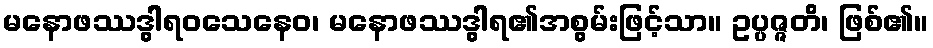
မနောဖဿဒွါရဝသေနေဝ၊ မနောဖဿဒွါရ၏အစွမ်းဖြင့်သာ။ ဥပ္ပဇ္ဇတိ၊ ဖြစ်၏။